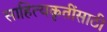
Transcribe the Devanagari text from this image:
साहित्यकृतींसाठी